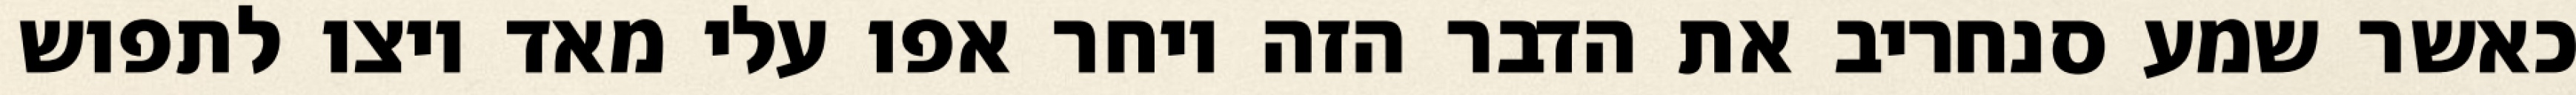
כאשר שמע סנחריב את הדבר הזה ויחר אפו עלי מאד ויצו לתפוש